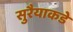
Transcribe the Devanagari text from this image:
सुरैयाकडे